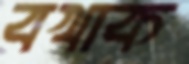
বখাক